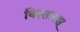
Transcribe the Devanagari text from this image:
विस्तारश्